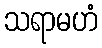
သရာမဟံ